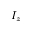
I _ { z }